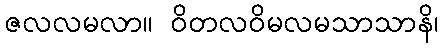
ဇလလမလာ။ ဝိတလဝိမလမသာသာနိ၊